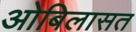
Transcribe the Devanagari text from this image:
ओबिलासत